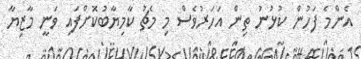
އެންމެ ފަހުން ކުޅުނު ތިން އަހަރުވެސް މި މެޗު ކާމިޔާބުކޮށްފައި ވަނީ މާޒިޔާ